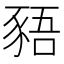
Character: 𬤿